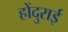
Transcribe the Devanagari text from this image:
होंदुराई